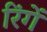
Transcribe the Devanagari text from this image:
रिंगें